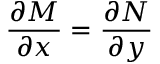
{ \frac { \partial M } { \partial x } } = { \frac { \partial N } { \partial y } } \,